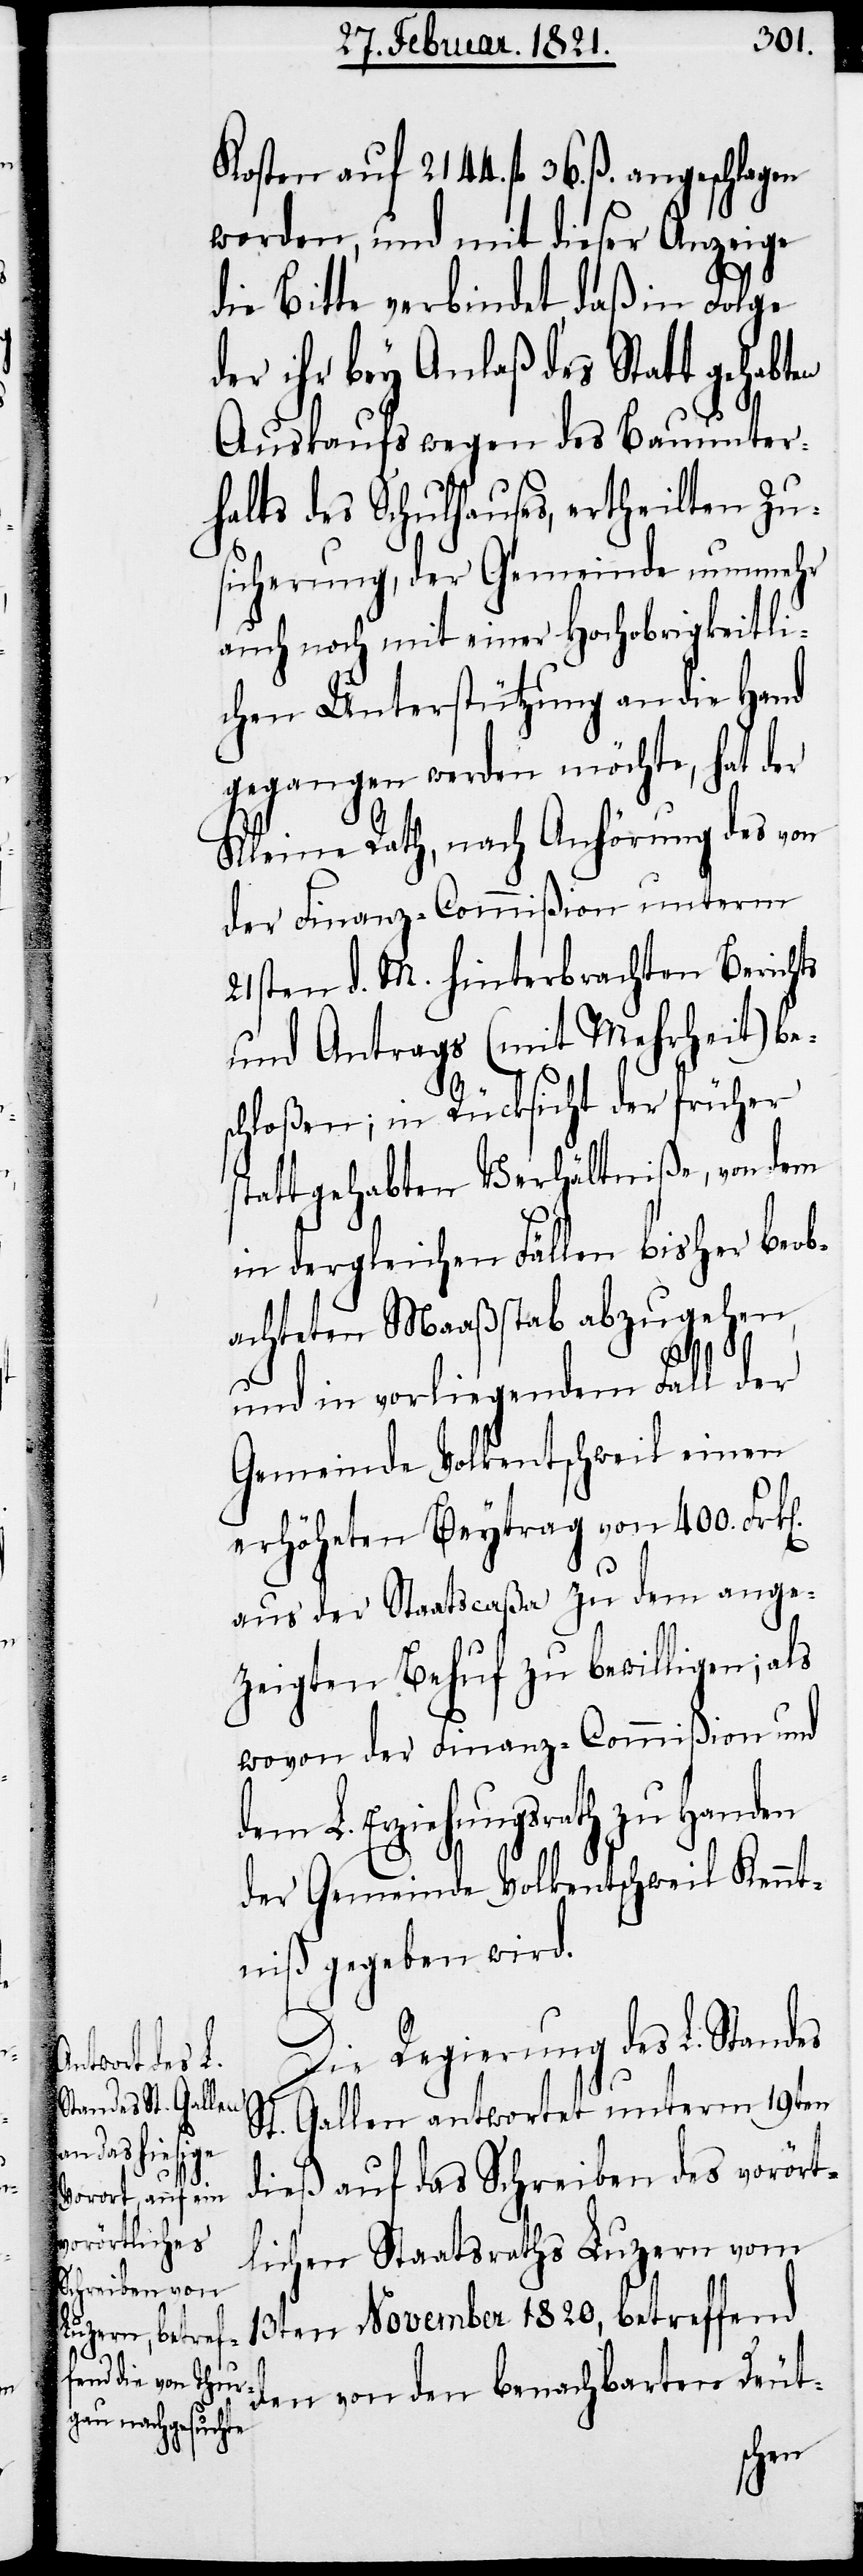
Kosten auf 2144. fl- 36. ß. angeschlagen
worden, und mit dieser Anzeige
s¬
die Bitte verbindet, daß in Folge
der ihr bey Anlaß des Statt gehabten
Auskaufs wegen des Bauunter¬
halts des Schulhauses, ertheilten Zu¬
sicherung, der Gemeinde nunmehr
auch noch mit einer Hochobrigkeitli¬
chen Unterstützung an die Hand
gegangen werden möchte, hat der
Kleine Rath, nach Anhörung des von
der Finanz-Commißion unterm
21sten d. M. hinterbrachten Berichts
und Antrags (mit Mehrheit) be¬
chloßen; in Rücksicht der früher
stattgehabten Verhältniße, von dem
in dergleichen Fällen bisher beob¬
achteten Maaßstab abzugehen,
n].
und in vorliegendem Fall der
Gemeinde Volkentschweil einen
erhöheten Beytrag von 400. Frk[e¬
aus der Staatscaßa zu dem ange¬
zeigten Behuf zu bewilligen; als
wovon der Finanz-Commißion und
L. Erziehungsrath zu Handen
der Gemeinde Volkentschweil Kennt¬
niß gegeben wird.
Die Regierung des L. Standes
St. Gallen antwortet unterm 19ten
dieß auf das Schreiben des vorört¬
lichen Staatsraths Luzern vom
13ten November 1820, betreffend
den von den benachbarten Deut-